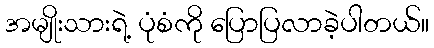
အမျိုးသားရဲ့ ပုံစံကို ပြောပြလာခဲ့ပါတယ်။